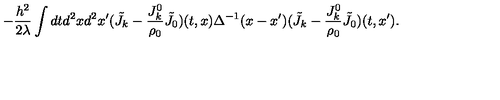
- \frac { h ^ { 2 } } { 2 \lambda } \int d t d ^ { 2 } x d ^ { 2 } x ^ { \prime } ( { \tilde { J } } _ { k } - \frac { J _ { k } ^ { 0 } } { \rho _ { 0 } } { \tilde { J } } _ { 0 } ) ( t , x ) \Delta ^ { - 1 } ( x - x ^ { \prime } ) ( { \tilde { J } } _ { k } - \frac { J _ { k } ^ { 0 } } { \rho _ { 0 } } { \tilde { J } } _ { 0 } ) ( t , x ^ { \prime } ) .